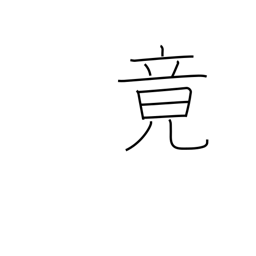
Meaning: finally